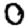
Digit: 0